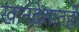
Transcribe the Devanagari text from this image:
खानदेशातही